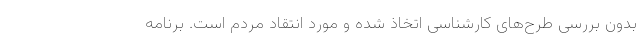
بدون بررسی طرح‌های کارشناسی اتخاذ شده و مورد انتقاد مردم است. برنامه